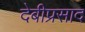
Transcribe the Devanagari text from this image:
देबीप्रसाद